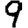
Digit: 9